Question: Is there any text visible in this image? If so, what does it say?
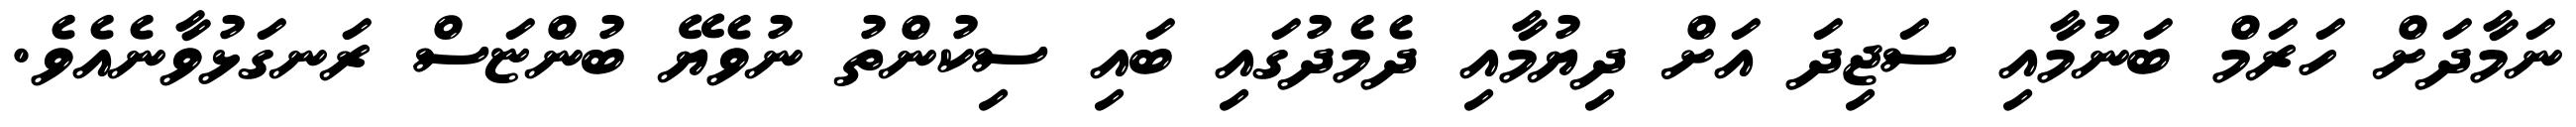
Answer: ނަމާދަށް ހަރަމް ބަނުމާއި ސަޖިދަ އަށް ދިޔުމާއި ދެމެދުގައި ބައި ސިކުންތު ނުވެޔޭ ބުންޏަސް ރަނގަޅުވާނެއެވެ.